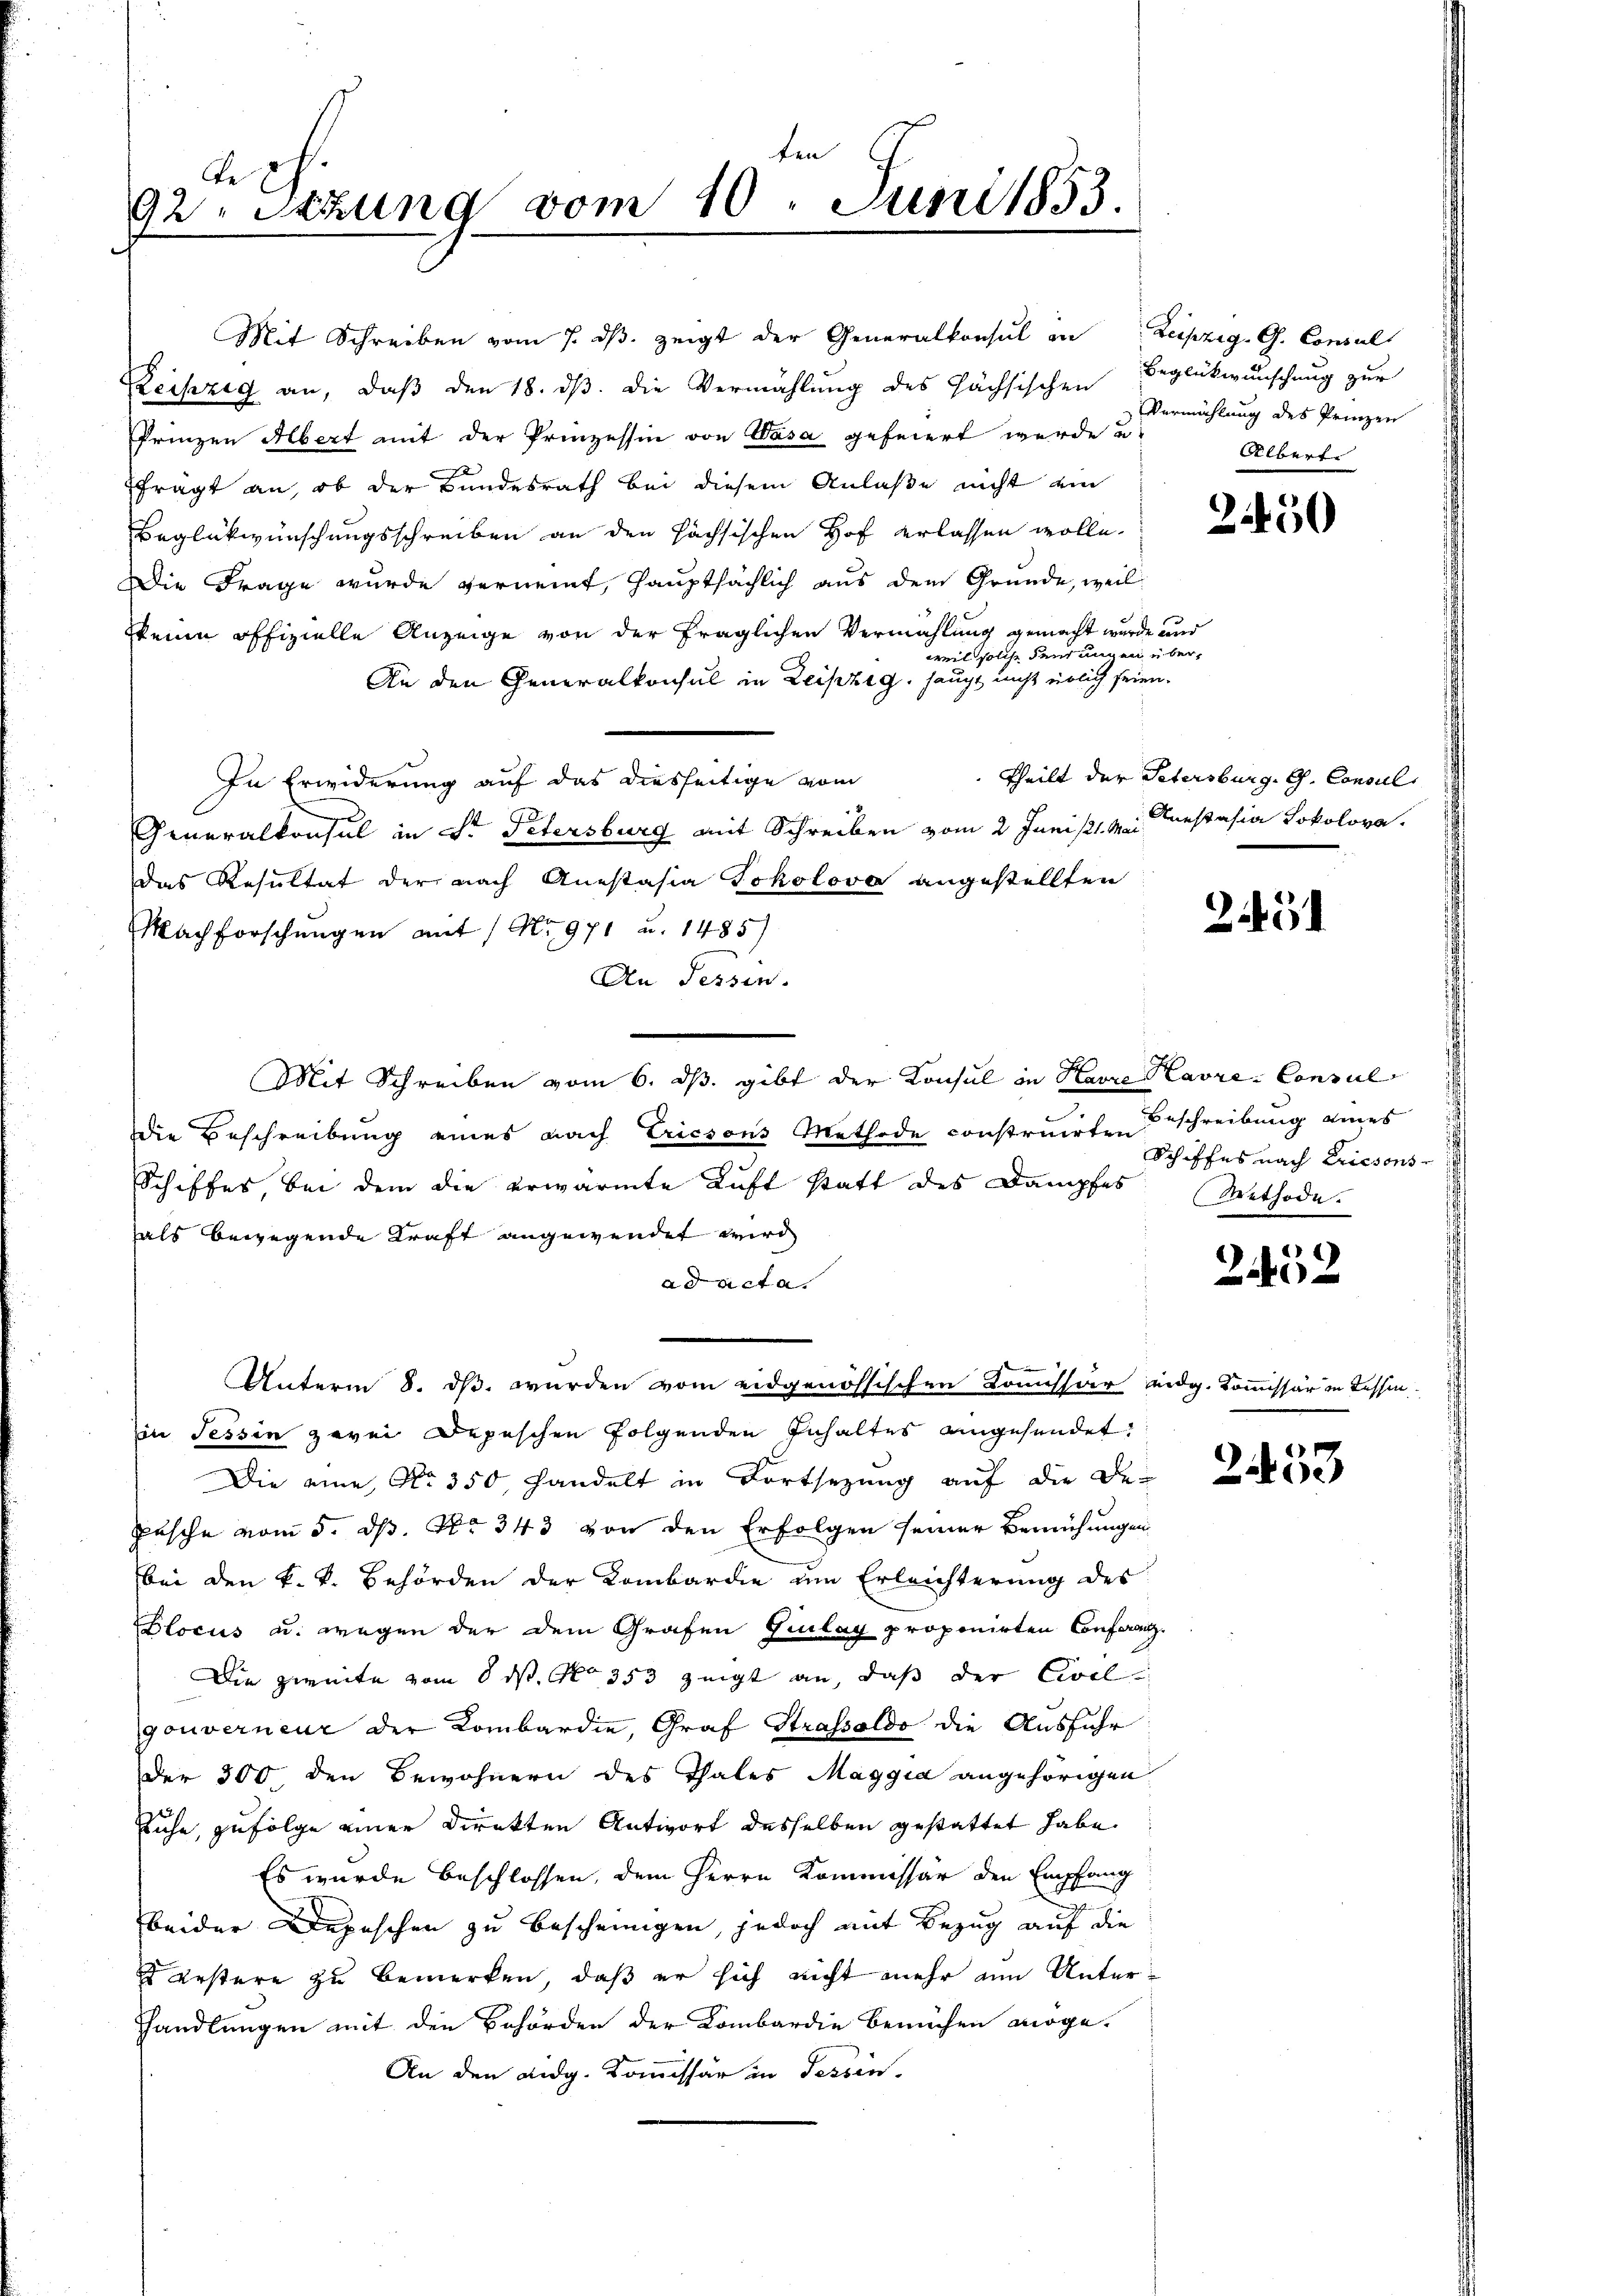
ten
e
92. Stund vom 10. Juni 1853.

Mit Schreiben vom 7. ds. zeigt der Generalkonsul in Leipzig. G. Consul
Reipzig an, daß den 18. dβ. die Vermahlung des Fächsischen Beglückwunschung zur
Prinzen Albert mit der Prinzessin von Vasa gefeiert wurde u.
ffrägt an, ob der Bundesrath bei diesem Anlaße nicht ein
Beglükwünschungsschreiben an den hachsischen Hof erlassen wolle.
Die Frage wurde vernennt, hauptsächlich aus dem Grunde, weil
seine offizielle Anzeige von der fraglichen Vermählung gemacht wurde und
weil solche Feud unber
An den Generalkonsul in Leipzig, haupt nicht erlich seien.
In Erwiderung auf das diesseitige vom
Generalkonsul in St. Petersburg mit Schreiben vom 2. Junist.  Testasia Sokolova
das Resultat der nach Anastasia Tokolova angestellten
Machforschungen mit 1 No 971 u. 1485)
An Tessin.
Mit Schreiben vom 6. ds. gibt der Konsul in Havre Havre- Consul
die Beschreibung eines nach Ericsons Methode construirten Beschreibung eines
Schiffes, bei dem die erwärmte Luft statt des Dampfes
hals bewegende Kraft angewendet wird
ad acta.
Unterm 8. dß wurden vom eidgenössischen Kommissär eidg. Kommissär in Tessinin Tessin zwei Depeschen folgenden Inhaltes angesendet,
Die eine No. 350 handelt in Fortsetzŭng aŭf die De
Pasche vom 5. ds. No. 343 von den Erfolgen seiner Bemühungen
bei den k. k. Behörden der Kombardie um Erleichterung des
locus u. wegen der dem Grafen Giulay proponirten Conferenz.
Die zweite vom 8. ds. No 353 zeigt an, daß der Civilgouverneur der Kombardie, Graf Strassaldo die Ausführ
Der 300 den Bewohnern des Thales Maggia angehörigen
suche, zufolge einer Direkten Antwort desselben gestattet habe.
Es wurde beschlossen, dem Herrn Kommissär den Empfang
t
beider Depeschen zu bescheinigen, jedoch mit Bezug auf die
 erstere zu bemerken, daß er sich nicht mehr am Unter¬
Handlungen mit den Behörden der Kombardie bemühen möge.
An den eidg. Kommissär in Tessin.

Vermählung des Prinzen
Albert.

2450

Theilt der Petersburg, G. Consul

2451

Schiffes nach Kriesons
Methode.

2.452